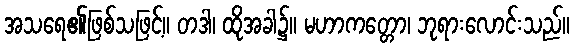
အသရေ၏ဖြစ်သဖြင့်။ တဒါ၊ ထိုအခါ၌။ မဟာကတ္တော၊ ဘုရားလောင်းသည်။